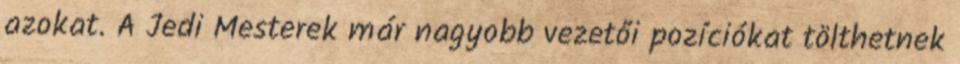
azokat. A Jedi Mesterek már nagyobb vezetői pozíciókat tölthetnek